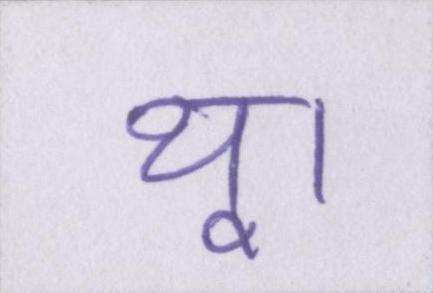
थू।